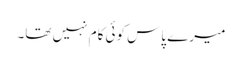
میرے پاس کوئی کام نہیں تھا۔